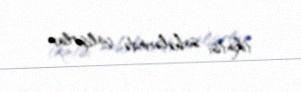
tikintisi sahələrində çalışırlar.